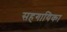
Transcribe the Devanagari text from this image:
सहगायिका